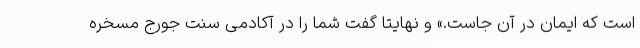
است که ایمان در آن جاست.» و نهایتا گفت شما را در آکادمی سنت جورج مسخره